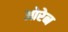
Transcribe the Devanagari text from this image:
ओरेन